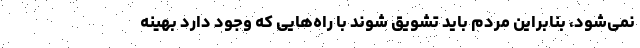
نمی‌شود، بنابراین مردم باید تشویق شوند با راه‌هایی که وجود دارد بهینه